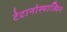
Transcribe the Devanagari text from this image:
टेटानोस्पाज्मिन